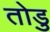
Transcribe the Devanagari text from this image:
तोडु